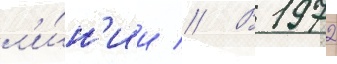
л'и́н'ии // В 1972